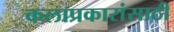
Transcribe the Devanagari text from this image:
कलाप्रकारांसाठी